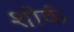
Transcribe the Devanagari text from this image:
शोर्क